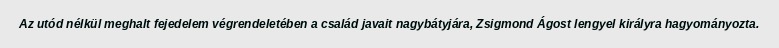
Az utód nélkül meghalt fejedelem végrendeletében a család javait nagybátyjára, Zsigmond Ágost lengyel királyra hagyományozta.